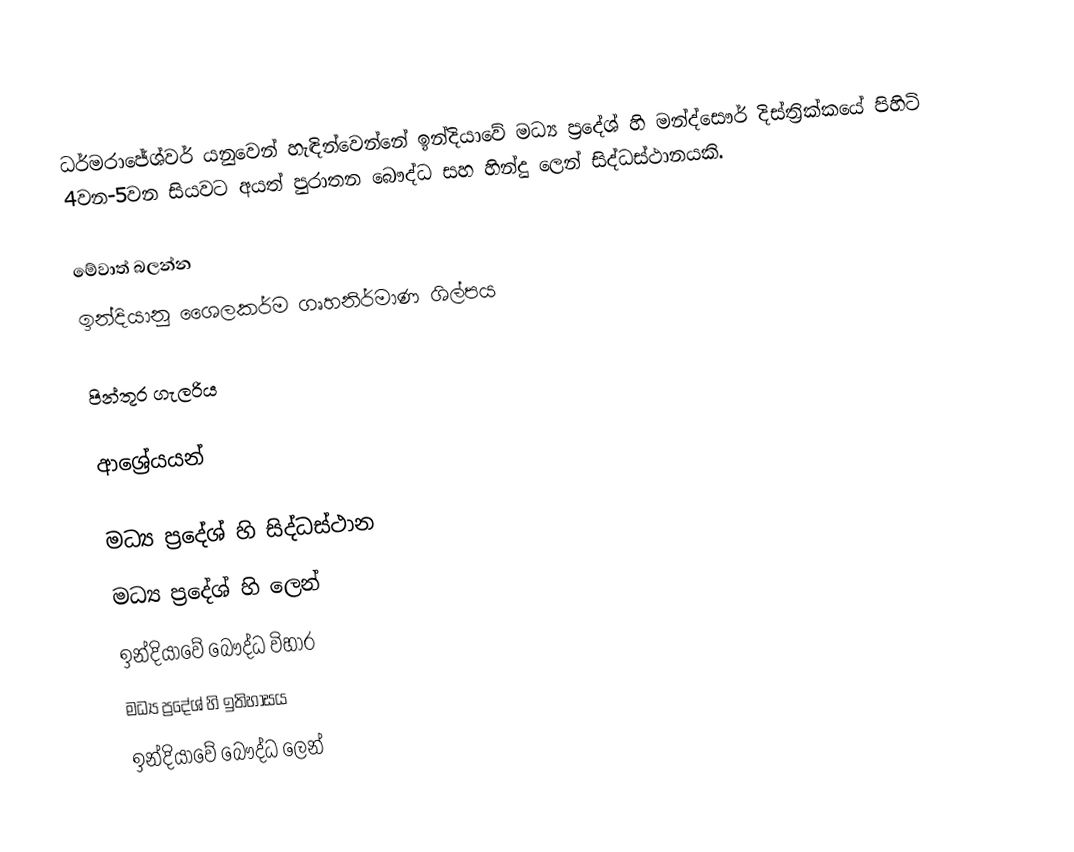
ධර්මරාජේශ්වර් යනුවෙන් හැඳින්වෙන්නේ ඉන්දියාවේ මධ්‍ය ප්‍රදේශ් හි මන්ද්සෞර් දිස්ත්‍රික්කයේ පිහිටි 4වන-5වන සියවට අයත් පුරාතන බෞද්ධ සහ හින්දු ලෙන් සිද්ධස්ථානයකි.

මේවාත් බලන්න
ඉන්දියානු ශෛලකර්ම ගෘහනිර්මාණ ශිල්පය

පින්තූර ගැලරිය

ආශ්‍රේයයන්

මධ්‍ය ප්‍රදේශ් හි සිද්ධස්ථාන
මධ්‍ය ප්‍රදේශ් හි ලෙන්
ඉන්දියාවේ බෞද්ධ විහාර
මධ්‍ය ප්‍රදේශ් හි ඉතිහාසය
ඉන්දියාවේ බෞද්ධ ලෙන්